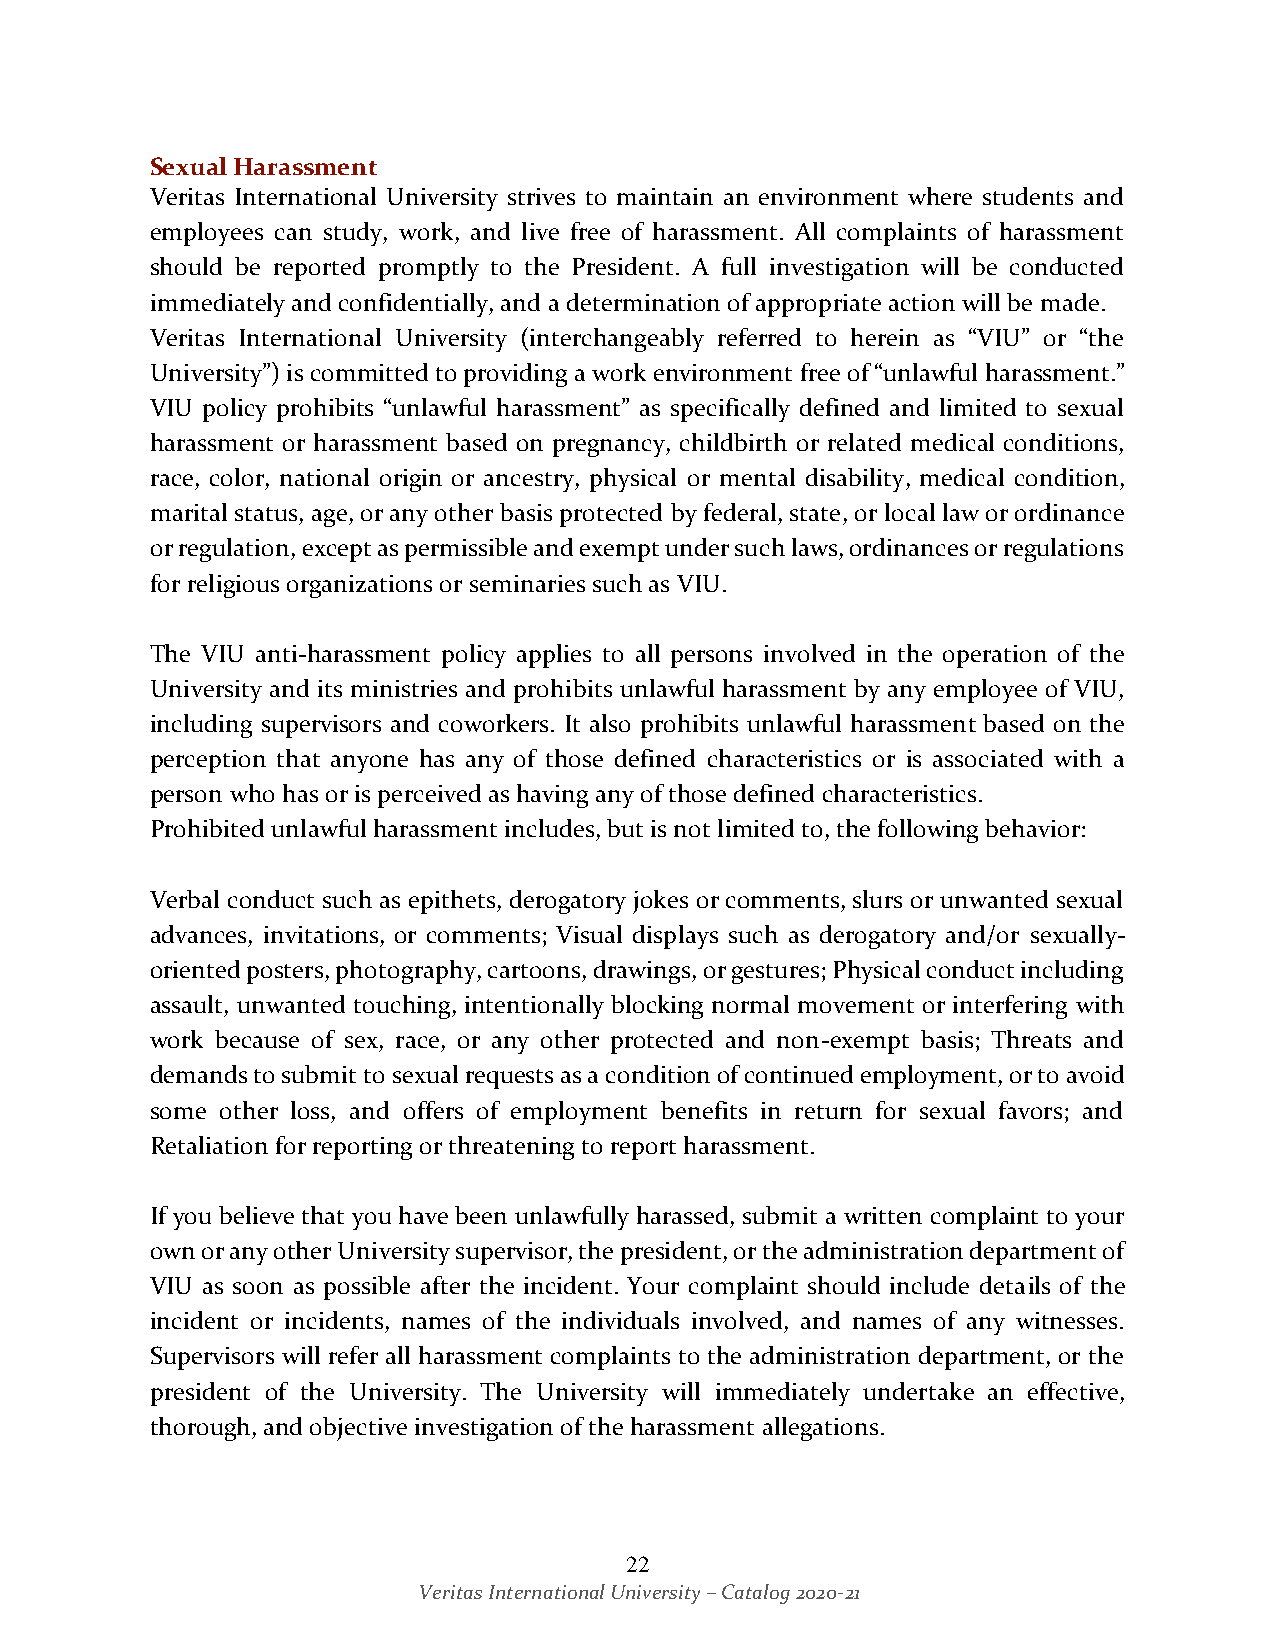
Sexual Harassment
 Veritas International University strives to maintain an environment where students and
 employees can study, work, and live free of harassment. All complaints of harassment
 should be reported promptly to the President. A full investigation will be conducted
 immediately and confidentially, and a determination of appropriate action will be made.
 Veritas International University (interchangeably referred to herein as “VIU” or “the
 University”) is committed to providing a work environment free of “unlawful harassment.”
 VIU policy prohibits “unlawful harassment” as specifically defined and limited to sexual
 harassment or harassment based on pregnancy, childbirth or related medical conditions,
 race, color, national origin or ancestry, physical or mental disability, medical condition,
 marital status, age, or any other basis protected by federal, state, or local law or ordinance
 or regulation, except as permissible and exempt under such laws, ordinances or regulations
 for religious organizations or seminaries such as VIU.
 The VIU anti-harassment policy applies to all persons involved in the operation of the
 University and its ministries and prohibits unlawful harassment by any employee of VIU,
 including supervisors and coworkers. It also prohibits unlawful harassment based on the
 perception that anyone has any of those defined characteristics or is associated with a
 person who has or is perceived as having any of those defined characteristics.
 Prohibited unlawful harassment includes, but is not limited to, the following behavior:
 Verbal conduct such as epithets, derogatory jokes or comments, slurs or unwanted sexual
 advances, invitations, or comments; Visual displays such as derogatory and/or sexually-
 oriented posters, photography, cartoons, drawings, or gestures; Physical conduct including
 assault, unwanted touching, intentionally blocking normal movement or interfering with
 work because of sex, race, or any other protected and non-exempt basis; Threats and
 demands to submit to sexual requests as a condition of continued employment, or to avoid
 some other loss, and offers of employment benefits in return for sexual favors; and
 Retaliation for reporting or threatening to report harassment.
 If you believe that you have been unlawfully harassed, submit a written complaint to your
 own or any other University supervisor, the president, or the administration department of
 VIU as soon as possible after the incident. Your complaint should include details of the
 incident or incidents, names of the individuals involved, and names of any witnesses.
 Supervisors will refer all harassment complaints to the administration department, or the
 president of the University. The University will immediately undertake an effective,
 thorough, and objective investigation of the harassment allegations.
 22
 Veritas International University – Catalog 2020-21